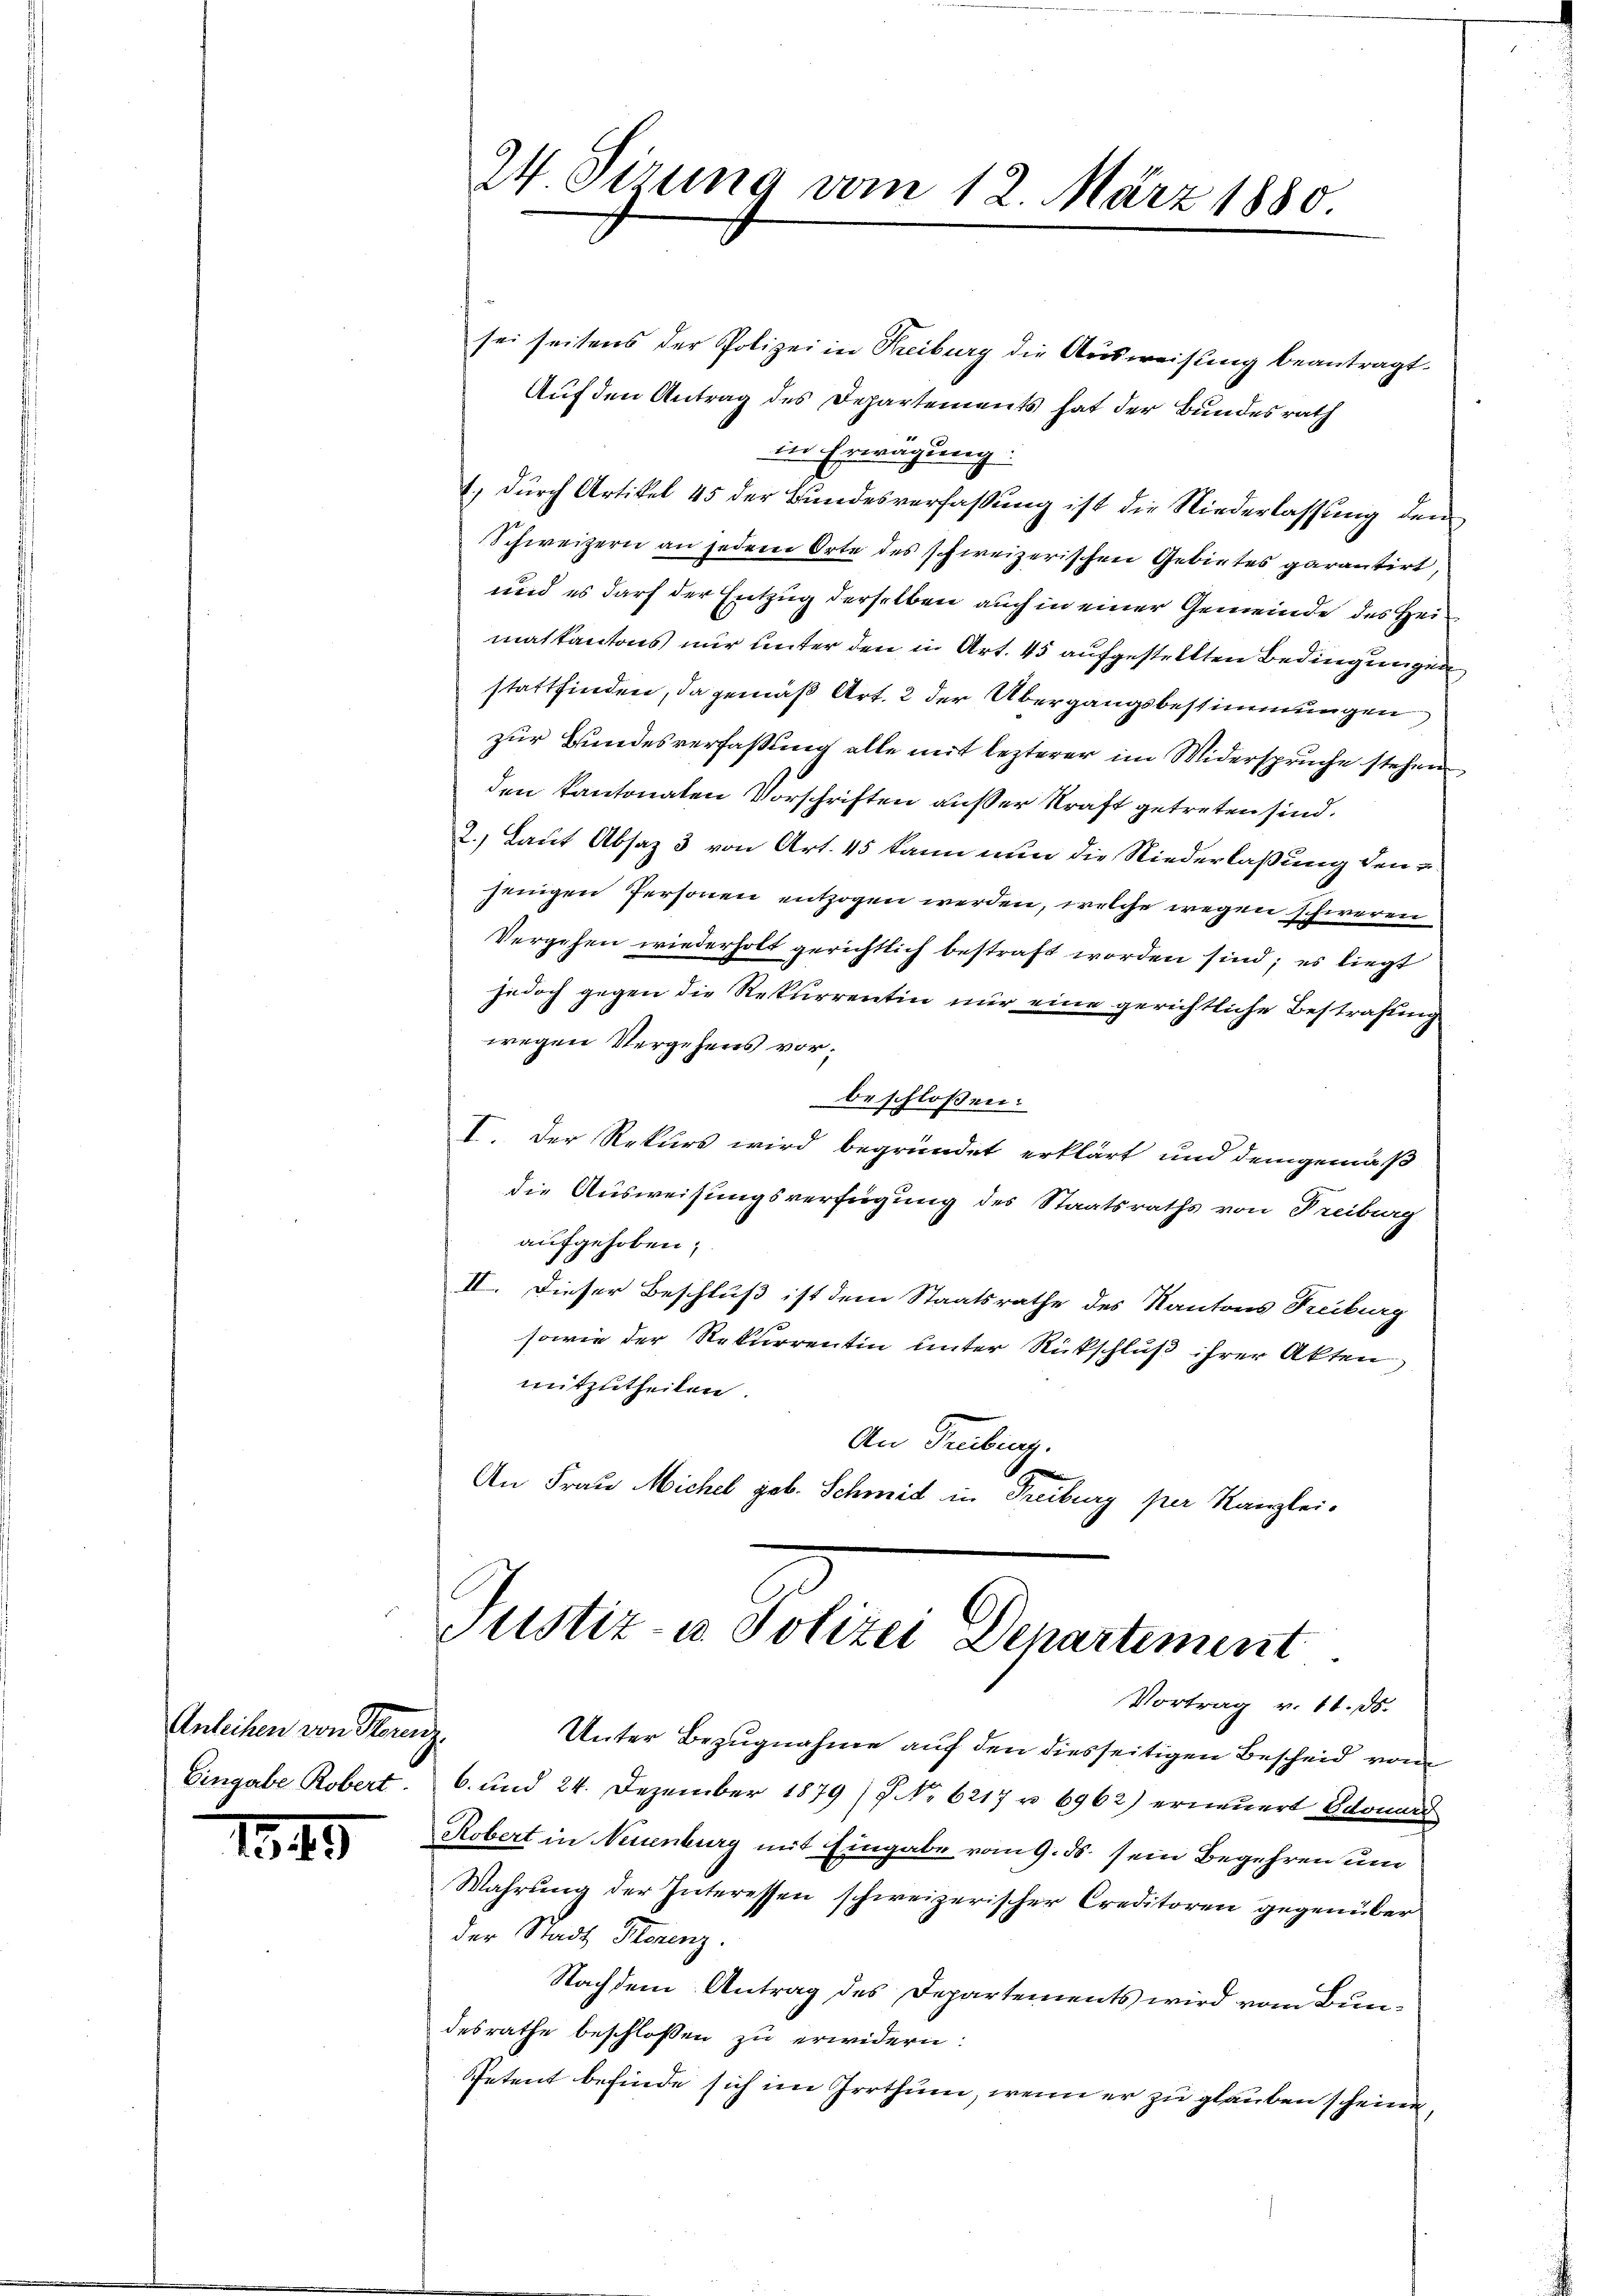
Anlichen von Serenz.
Eingabe Robert

1349

sei seitens der Polizei in Freiburg die Aŭsweisung beantragt.
Auf den Antrag des Departements hat der Bundesrath
in Erwägung:
1) durch Artikel 45 der Bundesverfaßung ist die Niederlassung den
Schweizern an jeder Orte des schweizerischen Gebietes garantirt,
und es darf der Entzug derselben auch in einer Gemeinde des Heimatkantons nur unter den in Art. 45 aufgestellten Bedingungen
stattfinden, da gemäß Art. 2 der Übergangsbestimmungen
zur Bundesverfassung alle mit lezterer im Widerspruche stehen
den kantonaten Vorschriften außer Kraft getreten sind.
2.) Laut Absaz 3 von Art. 45 kann nun die Niederlaßung den e
jenigen Personen entzogen werden, welche wegen schweren
Vergehen wiederholt gerichtlich bestraft worden sind; es liegt
jedoch gegen die Rekurrentin nur eine gerichtliche Bestrafung
wegen Vergehens vor.
beschloßen:
I. Der Rekurs wird begründet erklärt und demgemäß
die Ausweisungsverfügung des Staatsraths von Freiburg
aufgehoben;
II. Dieser Beschluß ist dem Staatsrathe des Kantons Freiburg
sowie der Rekurrentin unter Rückschluß ihrer Akten,
mitzutheilen.
An Freibung.
.
An Frau Michel geb. Schr
zid
Treiburg per Kanzlei.

Unter Bezugnahme auf den diesseitigen Bescheid vom
6. und 24. Dezember 1879 (7 No 6217 u. 6962) erneuert Edouard
Robert in Neuenburg mit Eingabe vom 9. ds. sein Begehren und
Wahrung der Interessen schweizerischer Creditoren gegenüber
der Stadt Horenz.
Nachdem Antrag des Departements wird vom Bundesrathe beschlossen zu erwidern:
Petent befinde sich im Irrthum, wenn er zu glauben scheine

24 Sirung vom 12. März 1880.

Justiz- u. Polizei Denartement
Vortrag v. 11. ds.